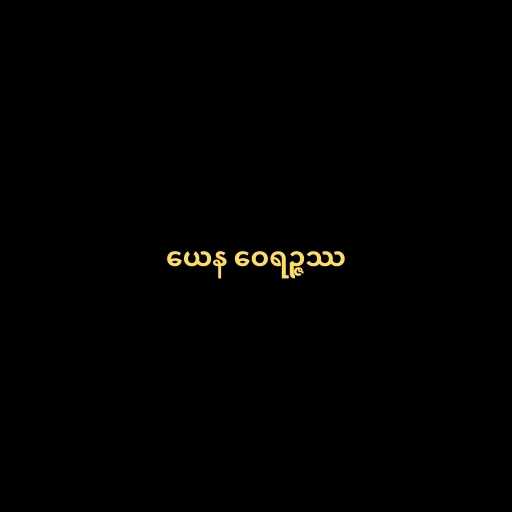
ယေန ဝေရဉ္ဇဿ